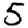
Digit: 5